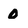
Character: 0